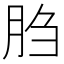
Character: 𰮙